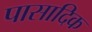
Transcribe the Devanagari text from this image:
पासादिक